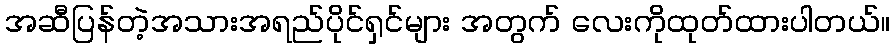
အဆီပြန်တဲ့အသားအရည်ပိုင်ရှင်များ အတွက် လေးကိုထုတ်ထားပါတယ်။